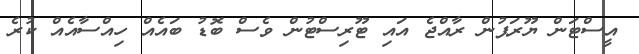
އީސްޓަން ޔޫރަޕުން ރާއްޖެ އައި ޓޫރިސްޓުން ވެސް ބޮޑު ބައެއް ހިއްސާއެއް ކުރެ